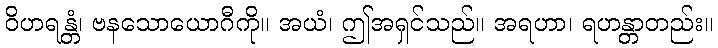
ဝိဟရန္တံ၊ ဗနသောယောဂီကို။ အယံ၊ ဤအရှင်သည်။ အရဟာ၊ ရဟန္တာတည်း။